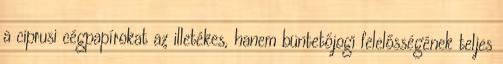
a ciprusi cégpapírokat az illetékes, hanem büntetőjogi felelősségének teljes